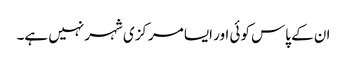
ان کے پاس کوئی اور ایسا مرکزی شہر نہیں ہے۔